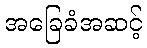
အခြေခံအဆင့်